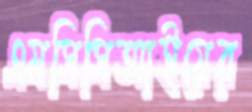
এমসিসিআইয়ের